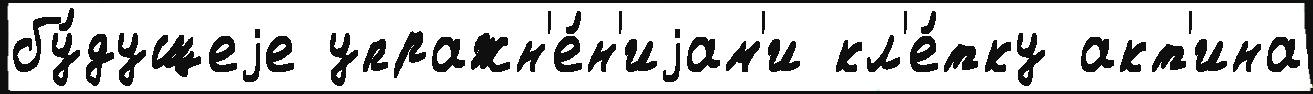
бу́дущеjе упражн'е́н'иjам'и кл'е́тку акт'ина